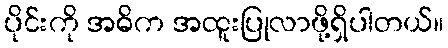
ပိုင်းကို အဓိက အထူးပြုလာဖို့ရှိပါတယ်။